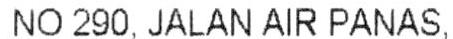
NO 290, JALAN AIR PANAS,